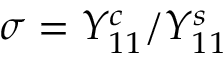
\sigma = Y _ { 1 1 } ^ { c } / Y _ { 1 1 } ^ { s }